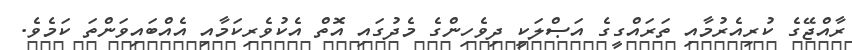
ރާއްޖޭގެ ކުރިއެރުމާއި ތަރައްގީގެ އަޞްލަކީ ދިވެހިންގެ މެދުގައި އޮތް އެކުވެރިކަމާއި އެއްބައިވަންތަ ކަމެވެ.